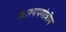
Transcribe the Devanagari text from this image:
काश्यपगोत्रीय